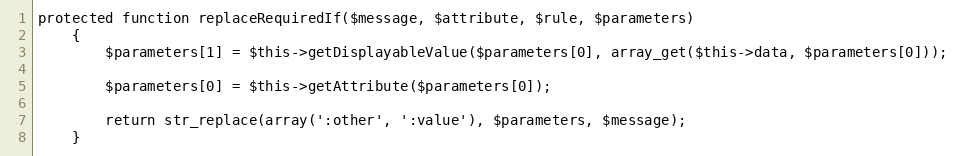
Language: PHP
protected function replaceRequiredIf($message, $attribute, $rule, $parameters)
	{
		$parameters[1] = $this->getDisplayableValue($parameters[0], array_get($this->data, $parameters[0]));

		$parameters[0] = $this->getAttribute($parameters[0]);

		return str_replace(array(':other', ':value'), $parameters, $message);
	}